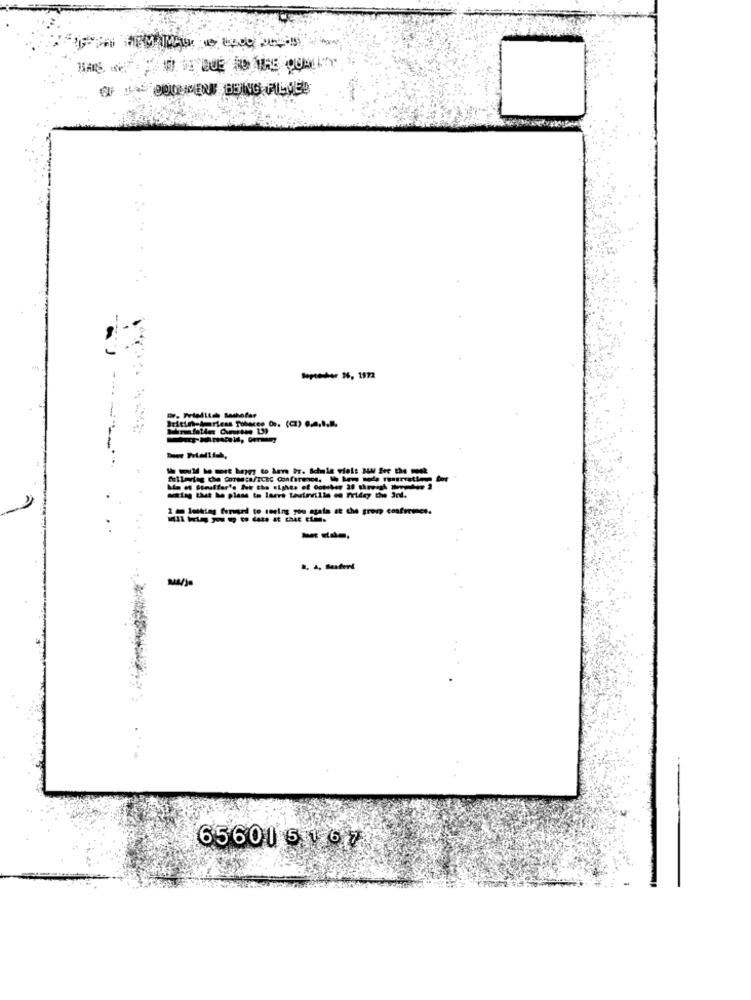
OF DOOMIDENT BEING FILMED
Sopte-+ N, 1972
dettag that he plass to laere touteville on Friday the Int.
2 a lotking forused to seeing you stata at che groep conference.
- --.
656015167